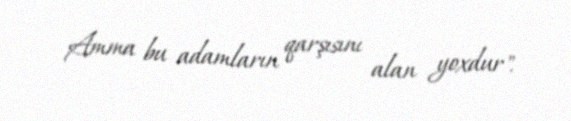
Amma bu adamların qarşısını alan yoxdur".